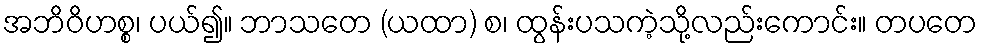
အဘိဝိဟစ္စ၊ ပယ်၍။ ဘာသတေ (ယထာ) စ၊ ထွန်းပသကဲ့သို့လည်းကောင်း။ တပတေ